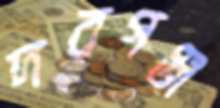
দরগঞ্জ